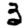
Digit: 3